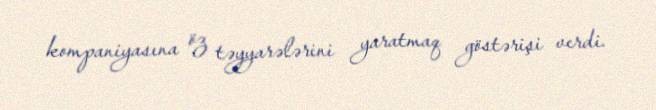
kompaniyasına öz təyyarələrini yaratmaq göstərişi verdi.